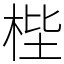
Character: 梐